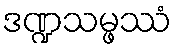
ဒဏ္ဍသမ္ဖဿံ